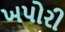
ખપોરી